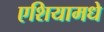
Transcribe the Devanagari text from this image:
एशियामधे